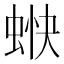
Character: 𧋿